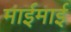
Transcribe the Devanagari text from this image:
माईमाई